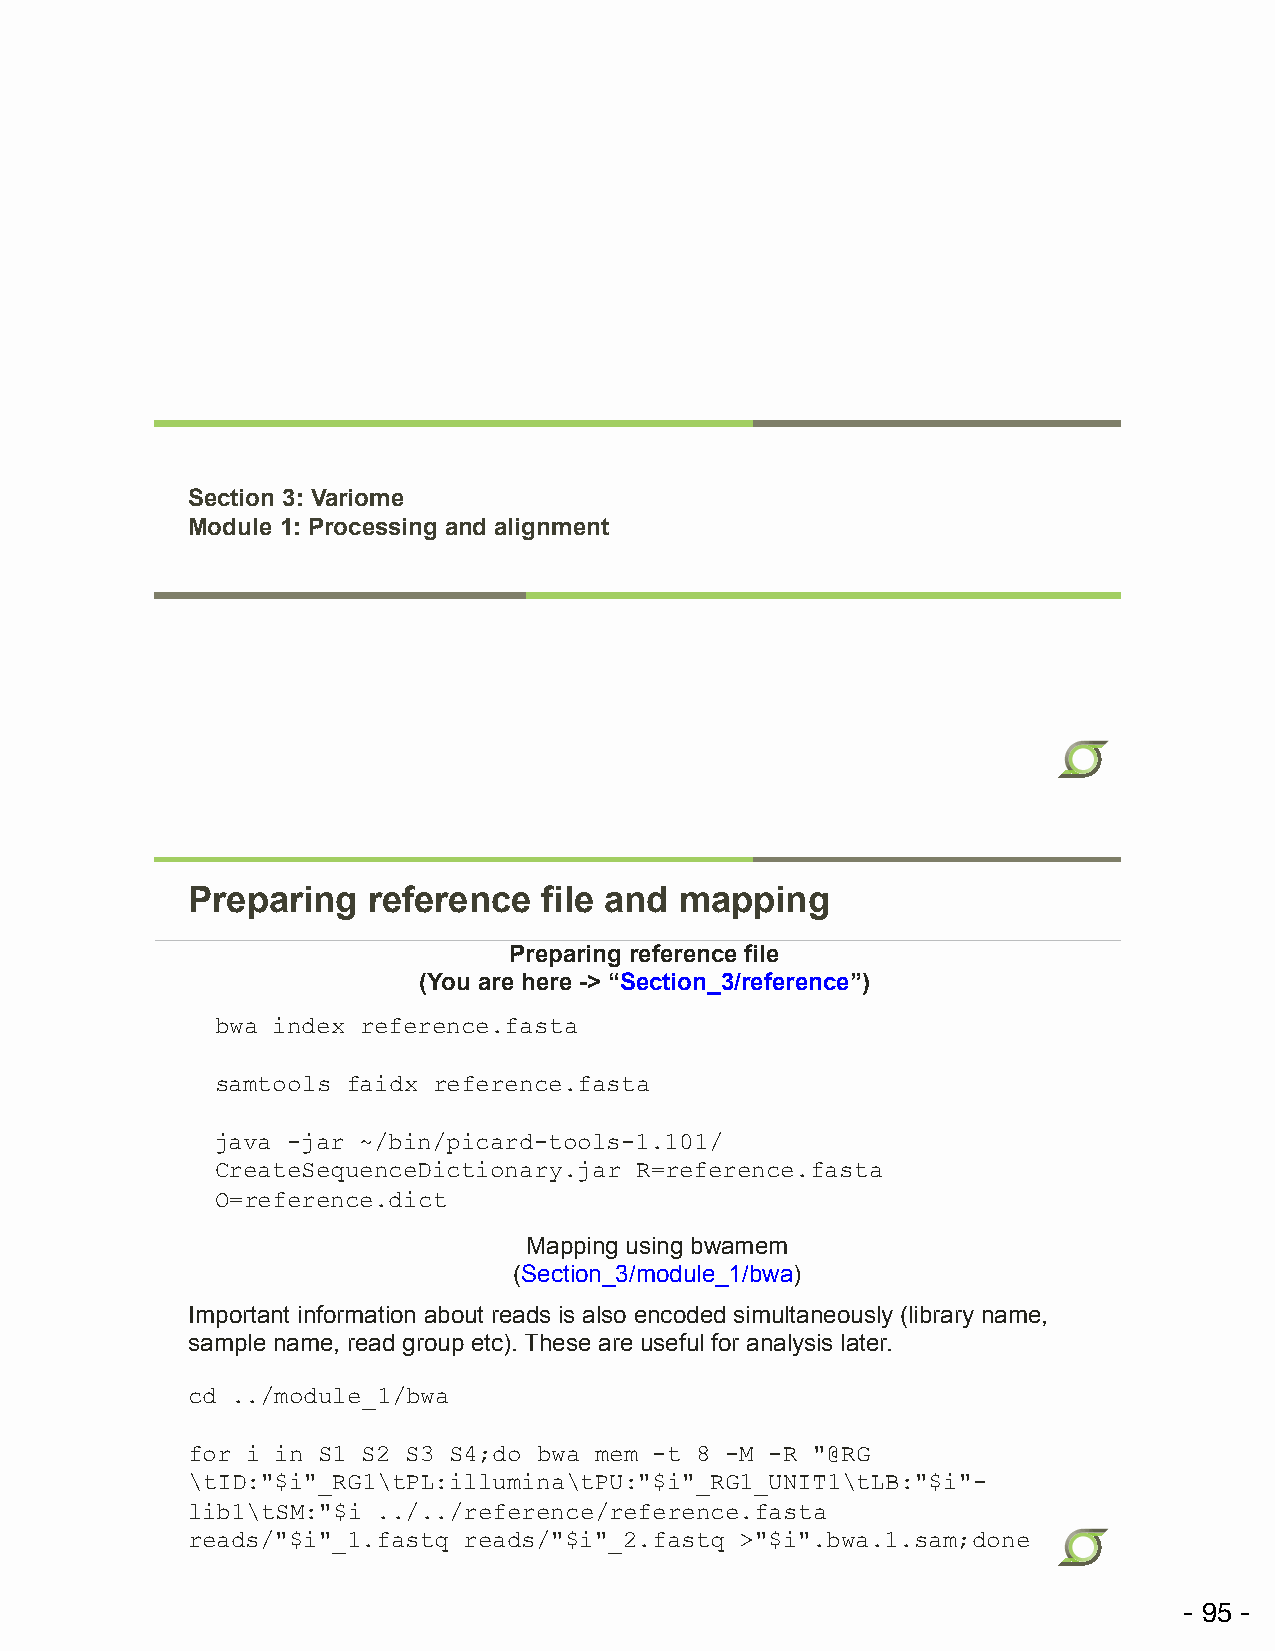
Section 3: Variome
 Module 1: Processing and alignment
 Preparing   reference   file and mapping
 Preparing reference file
 (You are here -> “Section_3/reference”)
 bwa index reference.fasta
 samtools faidx reference.fasta
 java -jar ~/bin/picard-tools-1.101/
 CreateSequenceDictionary.jar R=reference.fasta
 O=reference.dict
 Mapping using bwamem
 (Section_3/module_1/bwa)
 Important information about reads is also encoded simultaneously (library name,
 sample name, read group etc). These are useful for analysis later.
 cd ../module_1/bwa
 for i in S1 S2 S3 S4;do bwa mem -t 8 -M -R "@RG
 \tID:"$i"_RG1\tPL:illumina\tPU:"$i"_RG1_UNIT1\tLB:"$i"-
 lib1\tSM:"$i ../../reference/reference.fasta
 reads/"$i"_1.fastq reads/"$i"_2.fastq >"$i".bwa.1.sam;done